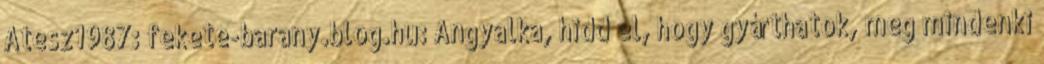
Atesz1987: fekete-barany.blog.hu: Angyalka, hidd el, hogy gyárthatok, meg mindenki